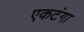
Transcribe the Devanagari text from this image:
एकटंगा